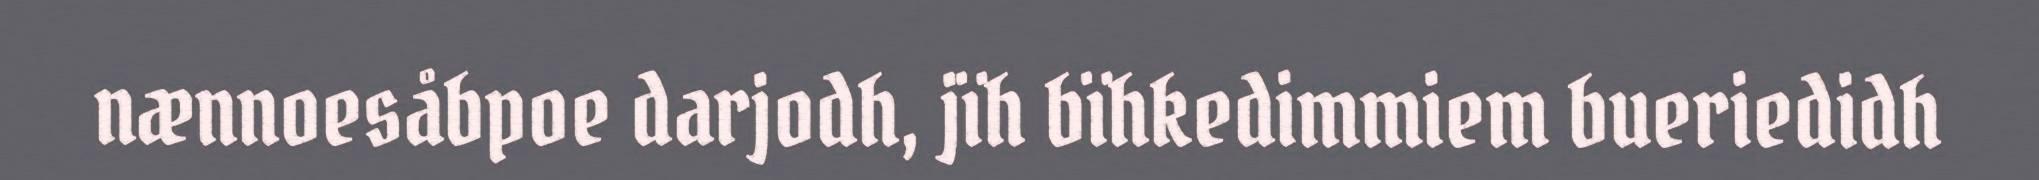
nænnoesåbpoe darjodh, jïh bïhkedimmiem bueriedidh